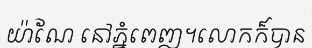
យ៉ាណែ នៅភ្នំពេញ។លោកក៏បាន